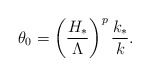
\begin{align*} \theta_0=\left(\frac{H_*}{\Lambda}\right)^p \frac{k_*}{k}.\end{align*}